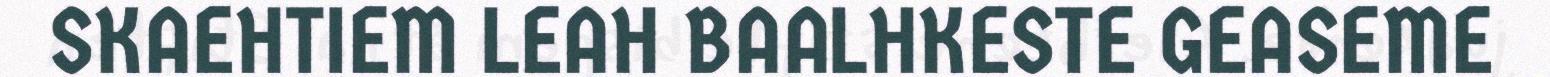
SKAEHTIEM LEAH BAALHKESTE GEASEME